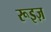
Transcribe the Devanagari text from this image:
रूइज़